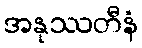
အနုဿတီနံ